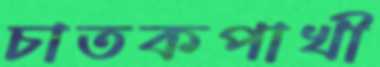
চাতকপাখী